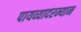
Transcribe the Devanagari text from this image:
पायव्यादरम्यान